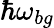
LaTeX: \hbar\omega_{bg}